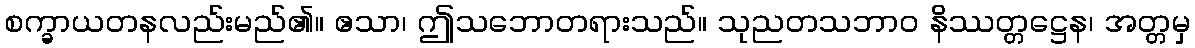
စက္ခာယတနလည်းမည်၏။ ဧသာ၊ ဤသဘောတရားသည်။ သုညတသဘာဝ နိဿတ္တဋ္ဌေန၊ အတ္တမှ